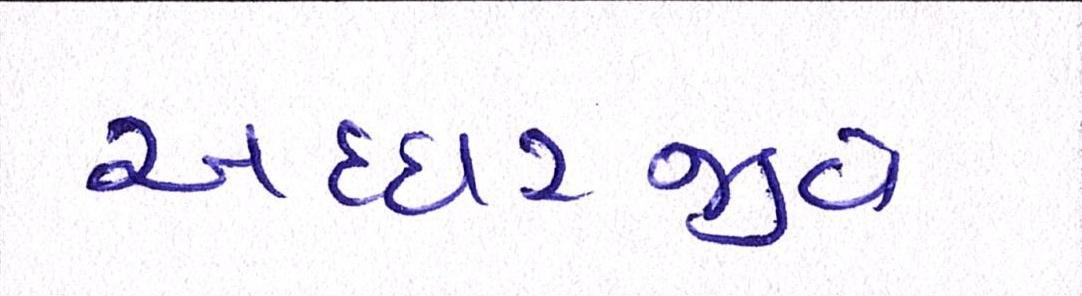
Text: અધ્ધરજીવે